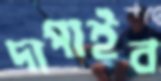
দাপাইব